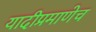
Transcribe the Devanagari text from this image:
यादीप्रमाणेच